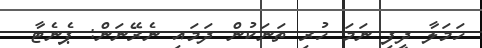
ހަމަލާ ދީފި ނަމަ ހުރި ތަނަކުން ދަމައި ނެރޭނަން: ޕެނެޓާ